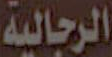
الرجالية